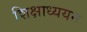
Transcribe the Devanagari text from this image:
शिक्षाध्ययन